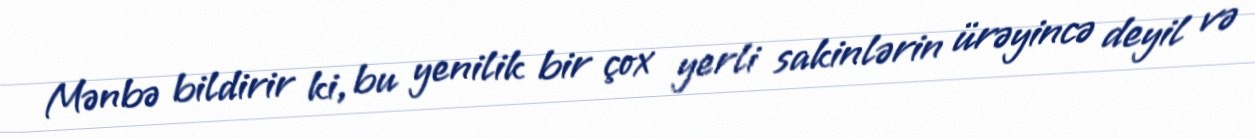
Mənbə bildirir ki, bu yenilik bir çox yerli sakinlərin ürəyincə deyil və